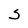
Character: s